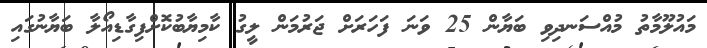
މައުލޫމާތު މުއްސަނދިވި ބަޔާން 25 ވަނަ ފަހަރަށް ޖަރުމަން ލީގު ކާމިޔާބުކޮށްފިގާޑިއޯލާ ބަޔާނުގައި